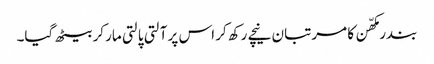
بندر مکھّن کا مرتبان نیچے رکھ کر اس پر آلتی پالتی مار کر بیٹھ گیا۔